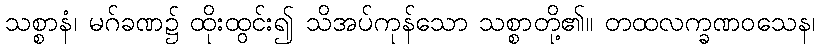
သစ္စာနံ၊ မဂ်ခဏ၌ ထိုးထွင်း၍ သိအပ်ကုန်သော သစ္စာတို့၏။ တထလက္ခဏဝသေန၊